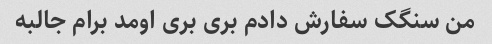
من سنگک سفارش دادم بری بری اومد برام جالبه